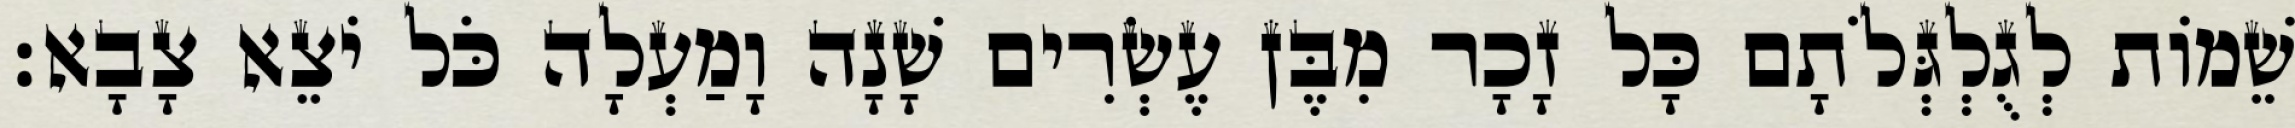
שֵׁמוֹת לְגֻלְגְּלֹתָם כָּל זָכָר מִבֶּן עֶשְׂרִים שָׁנָה וָמַעְלָה כֹּל יֹצֵא צָבָא׃